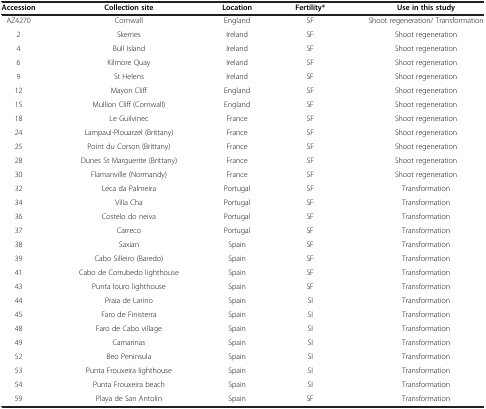
| Accession | Collection site | Location | Fertility* | Use in this study |
 | --- | --- | --- | --- | --- |
 | AZ4270 | Cornwall | England | SF | Shoot regeneration/ Transformation |
 | 2 | Skerries | Ireland | SF | Shoot regeneration |
 | 4 | Bull Island | Ireland | SF | Shoot regeneration |
 | 6 | Kilmore Quay | Ireland | SF | Shoot regeneration |
 | 9 | St Helens | Ireland | SF | Shoot regeneration |
 | 12 | Mayon Cliff | England | SF | Shoot regeneration |
 | 15 | Mullion Cliff (Cornwall) | England | SF | Shoot regeneration |
 | 18 | Le Guilvinec | France | SF | Shoot regeneration |
 | 24 | Lampaul-Plouarzel (Brittany) | France | SF | Shoot regeneration |
 | 25 | Point du Corson (Brittany) | France | SF | Shoot regeneration |
 | 28 | Dunes St Marguerite (Brittany) | France | SF | Shoot regeneration |
 | 30 | Flamanville (Normandy) | France | SF | Shoot regeneration |
 | 32 | Leca da Palmeira | Portugal | SF | Transformation |
 | 34 | Villa Cha | Portugal | SF | Transformation |
 | 36 | Costelo do neiva | Portugal | SF | Transformation |
 | 37 | Carreco | Portugal | SF | Transformation |
 | 38 | Saxian | Spain | SF | Transformation |
 | 39 | Cabo Silleiro (Baredo) | Spain | SF | Transformation |
 | 41 | Cabo de Corrubedo lighthouse | Spain | SF | Transformation |
 | 43 | Punta louro lighthouse | Spain | SF | Transformation |
 | 44 | Praia de Larino | Spain | SI | Transformation |
 | 45 | Faro de Finisterra | Spain | SI | Transformation |
 | 48 | Faro de Cabo village | Spain | SI | Transformation |
 | 49 | Camarinas | Spain | SI | Transformation |
 | 52 | Beo Peninsula | Spain | SI | Transformation |
 | 53 | Punta Frouxeira lighthouse | Spain | SI | Transformation |
 | 54 | Punta Frouxeira beach | Spain | SI | Transformation |
 | 59 | Playa de San Antolin | Spain | SF | Transformation |